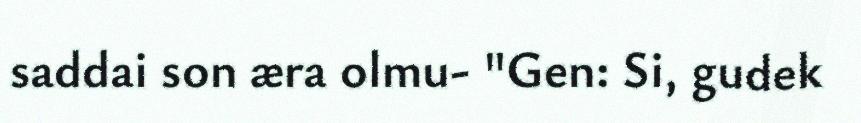
saddai son æra olmu- "Gen: Si, gudek